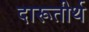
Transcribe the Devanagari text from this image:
दारूतीर्थ